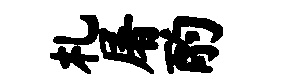
札屠酌